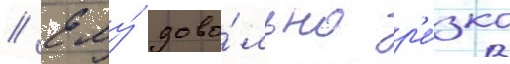
// Ему́ дово́льно р'е́зко